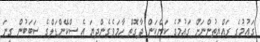
ގައުމުގެ ރައްޔިތުންނަށް ގައުމުގެ ކަންކަން ދާގޮތް ހާމަވެގެންދިޔަ އެ ސްކޭންޑަލްގެ ސަބަބުން ގިނަ